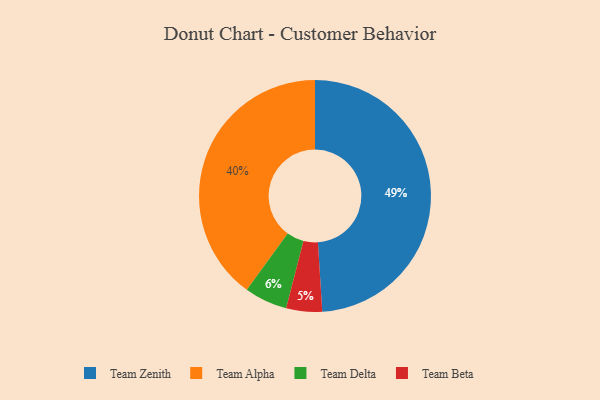
{"axis": {"x": "Category", "y": "Percentage"}, "legend": ["Team Alpha", "Team Beta", "Team Delta", "Team Zenith"], "data": [{"x": "Team Zenith", "y": 49, "type": "Team Zenith"}, {"x": "Team Alpha", "y": 40, "type": "Team Alpha"}, {"x": "Team Beta", "y": 5, "type": "Team Beta"}, {"x": "Team Delta", "y": 6, "type": "Team Delta"}]}